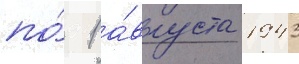
по́ 1 а́вгуста 1943